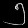
Digit: ၅